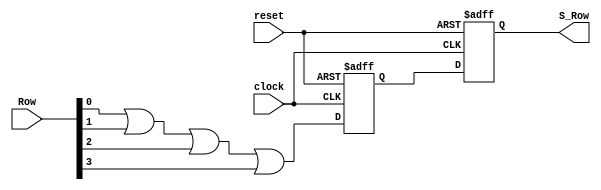

//////////////////////////////////////////////////////////////////////////////////
// Company: 
// Engineer: 
// 
// Design Name: 
// Module Name: Synchronizer
// Project Name: 
// Target Devices: 
// Tool Versions: 
// Description: 
// 
// Dependencies: 
// 
// Revision:
// Revision 0.01 - File Created
// Additional Comments:
// 
//////////////////////////////////////////////////////////////////////////////////


module Synchronizer(
    input [3:0] Row,
    input clock,
    input reset,
    output reg S_Row
    );
    reg A_Row;
    
    always @ (negedge clock or posedge reset)
    begin
    if (reset) 
    begin 
    A_Row <= 0;
    S_Row <= 0;
    end
    else 
    begin 
    A_Row <= (Row[0] || Row[1] || Row[2] || Row[3]);
    S_Row <= A_Row;
    end 
    end
        
endmodule